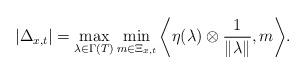
LaTeX: \begin{align*}|\Delta_{x, t}|=\max_{\lambda\in\Gamma(T)}\min_{m\in \Xi_{x, t}}\bigg\langle \eta(\lambda)\otimes\frac{1}{\Vert\lambda\Vert}, m\bigg\rangle.\end{align*}